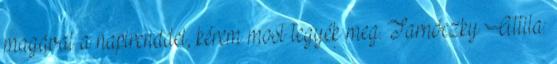
magával a napirenddel, kérem most tegyék meg. Tarnóczky Attila: